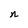
Character: n